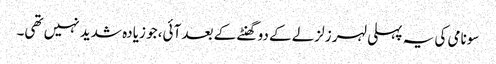
سونامی کی یہ پہلی لہر زلزلے کے دو گھنٹے کے بعد آئی، جو زیادہ شدید نہیں تھی۔